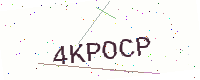
Text: 4KPOCP